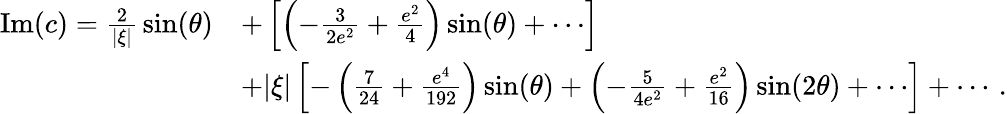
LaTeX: \begin{array}{rl}{\mathrm{Im}(c)={\frac{2}{|\xi|}}\sin(\theta)}&{+\left[\left(-{\frac{3}{2e^{2}}}+{\frac{e^{2}}{4}}\right)\sin(\theta)+\cdots\right]}\\ &{+|\xi|\left[-\left({\frac{7}{24}}+{\frac{e^{4}}{192}}\right)\sin(\theta)+\left(-{\frac{5}{4e^{2}}}+{\frac{e^{2}}{16}}\right)\sin(2\theta)+\cdots\right]+\cdots\, .}\end{array}